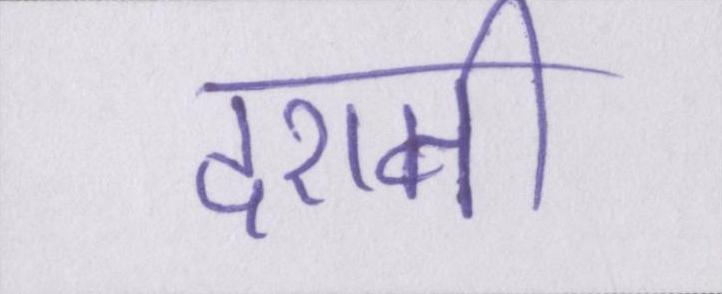
दशमी